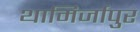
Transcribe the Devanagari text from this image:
थामिर्जापुर